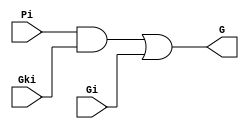
module GenerateBox(Pi, Gi, Gki, G);
  input Pi, Gi, Gki;
  output G;
  
  wire G;
  
  wire w1, w2;
  
  and(w1, Pi, Gki);
  or(G, w1, Gi);
  
endmodule